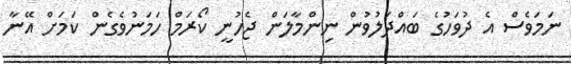
ނަމަވެސް އެ ދުވަހުގެ ބައްދަލުވުން ނިންމާލަން ޖެހުނީ ކޯރަމް ހަމަނުވެގެން ކަމަށް އޭނާ